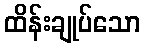
ထိန်းချုပ်သော